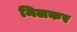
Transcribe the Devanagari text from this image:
मिलकर